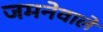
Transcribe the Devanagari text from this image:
जमनेवाले